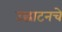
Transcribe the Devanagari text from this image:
उद्घाटनचे